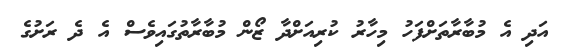
އަދި އެ މުބާރާތަށްފަހު މިހާރު ކުރިއަށްދާ ޒޯން މުބާރާތުގައިވެސް އެ ދެ ރަށުގެ